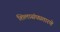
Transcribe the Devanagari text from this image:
शिलासंघप्रतारणे